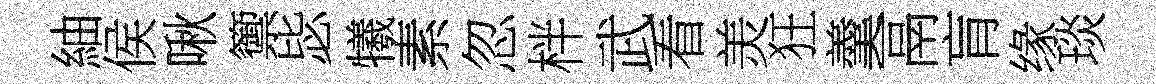
紬侯啾籞毖犧素忽柈武看羙狂羹鬲肓缘琰